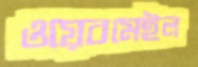
ওয়েবমেইল